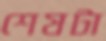
শেষটা